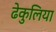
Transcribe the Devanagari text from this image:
ढेकुलिया